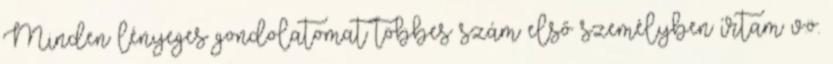
Minden lényeges gondolatomat többes szám első személyben írtam v.ö.